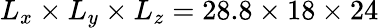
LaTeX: L_{x}\times L_{y}\times L_{z}=28.8\times 18\times 24